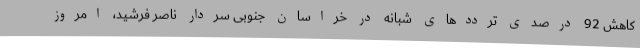
کاهش 92 درصدی ترددهای شبانه در خراسان جنوبی سردار ناصر فرشید، امروز